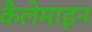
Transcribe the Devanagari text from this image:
कैलेमाइन